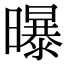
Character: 曝